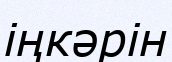
іңкәрін